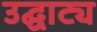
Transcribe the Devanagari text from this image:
उद्घाट्य